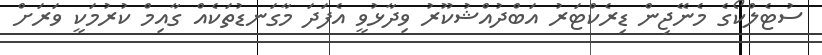
ސުޓެލްކޯގެ މެނޭޖިން ޑިރެކްޓަރު އަބްދުއްޝުކޫރު ވިދާޅުވީ އެފަދަ މާގަނޑުތަކެއް ގާއިމް ކުރުމަކީ ވަރަށް